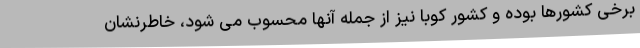
برخی کشورها بوده و کشور کوبا نیز از جمله آنها محسوب می شود، خاطرنشان